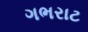
ગભરાટ